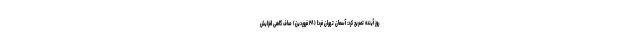
روز آینده تصریح کرد: آسمان تهران فردا (۲۸ فروردین) صاف گاهی افزایش